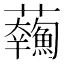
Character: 𩼥